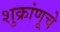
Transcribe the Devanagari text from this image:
शुक्रांणूचे